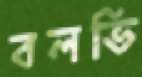
বলভি